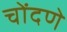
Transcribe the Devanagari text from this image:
चोंदणे